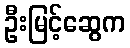
ဦးမြင့်ဆွေက